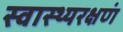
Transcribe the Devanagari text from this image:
स्वास्थ्यरक्षणं